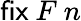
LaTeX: {\textsf{fix}}\ F\ n